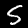
Digit: 5